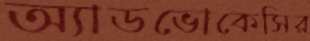
অ্যাডভোকেসির